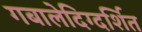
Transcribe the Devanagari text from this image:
गबालेदिग्दर्शित